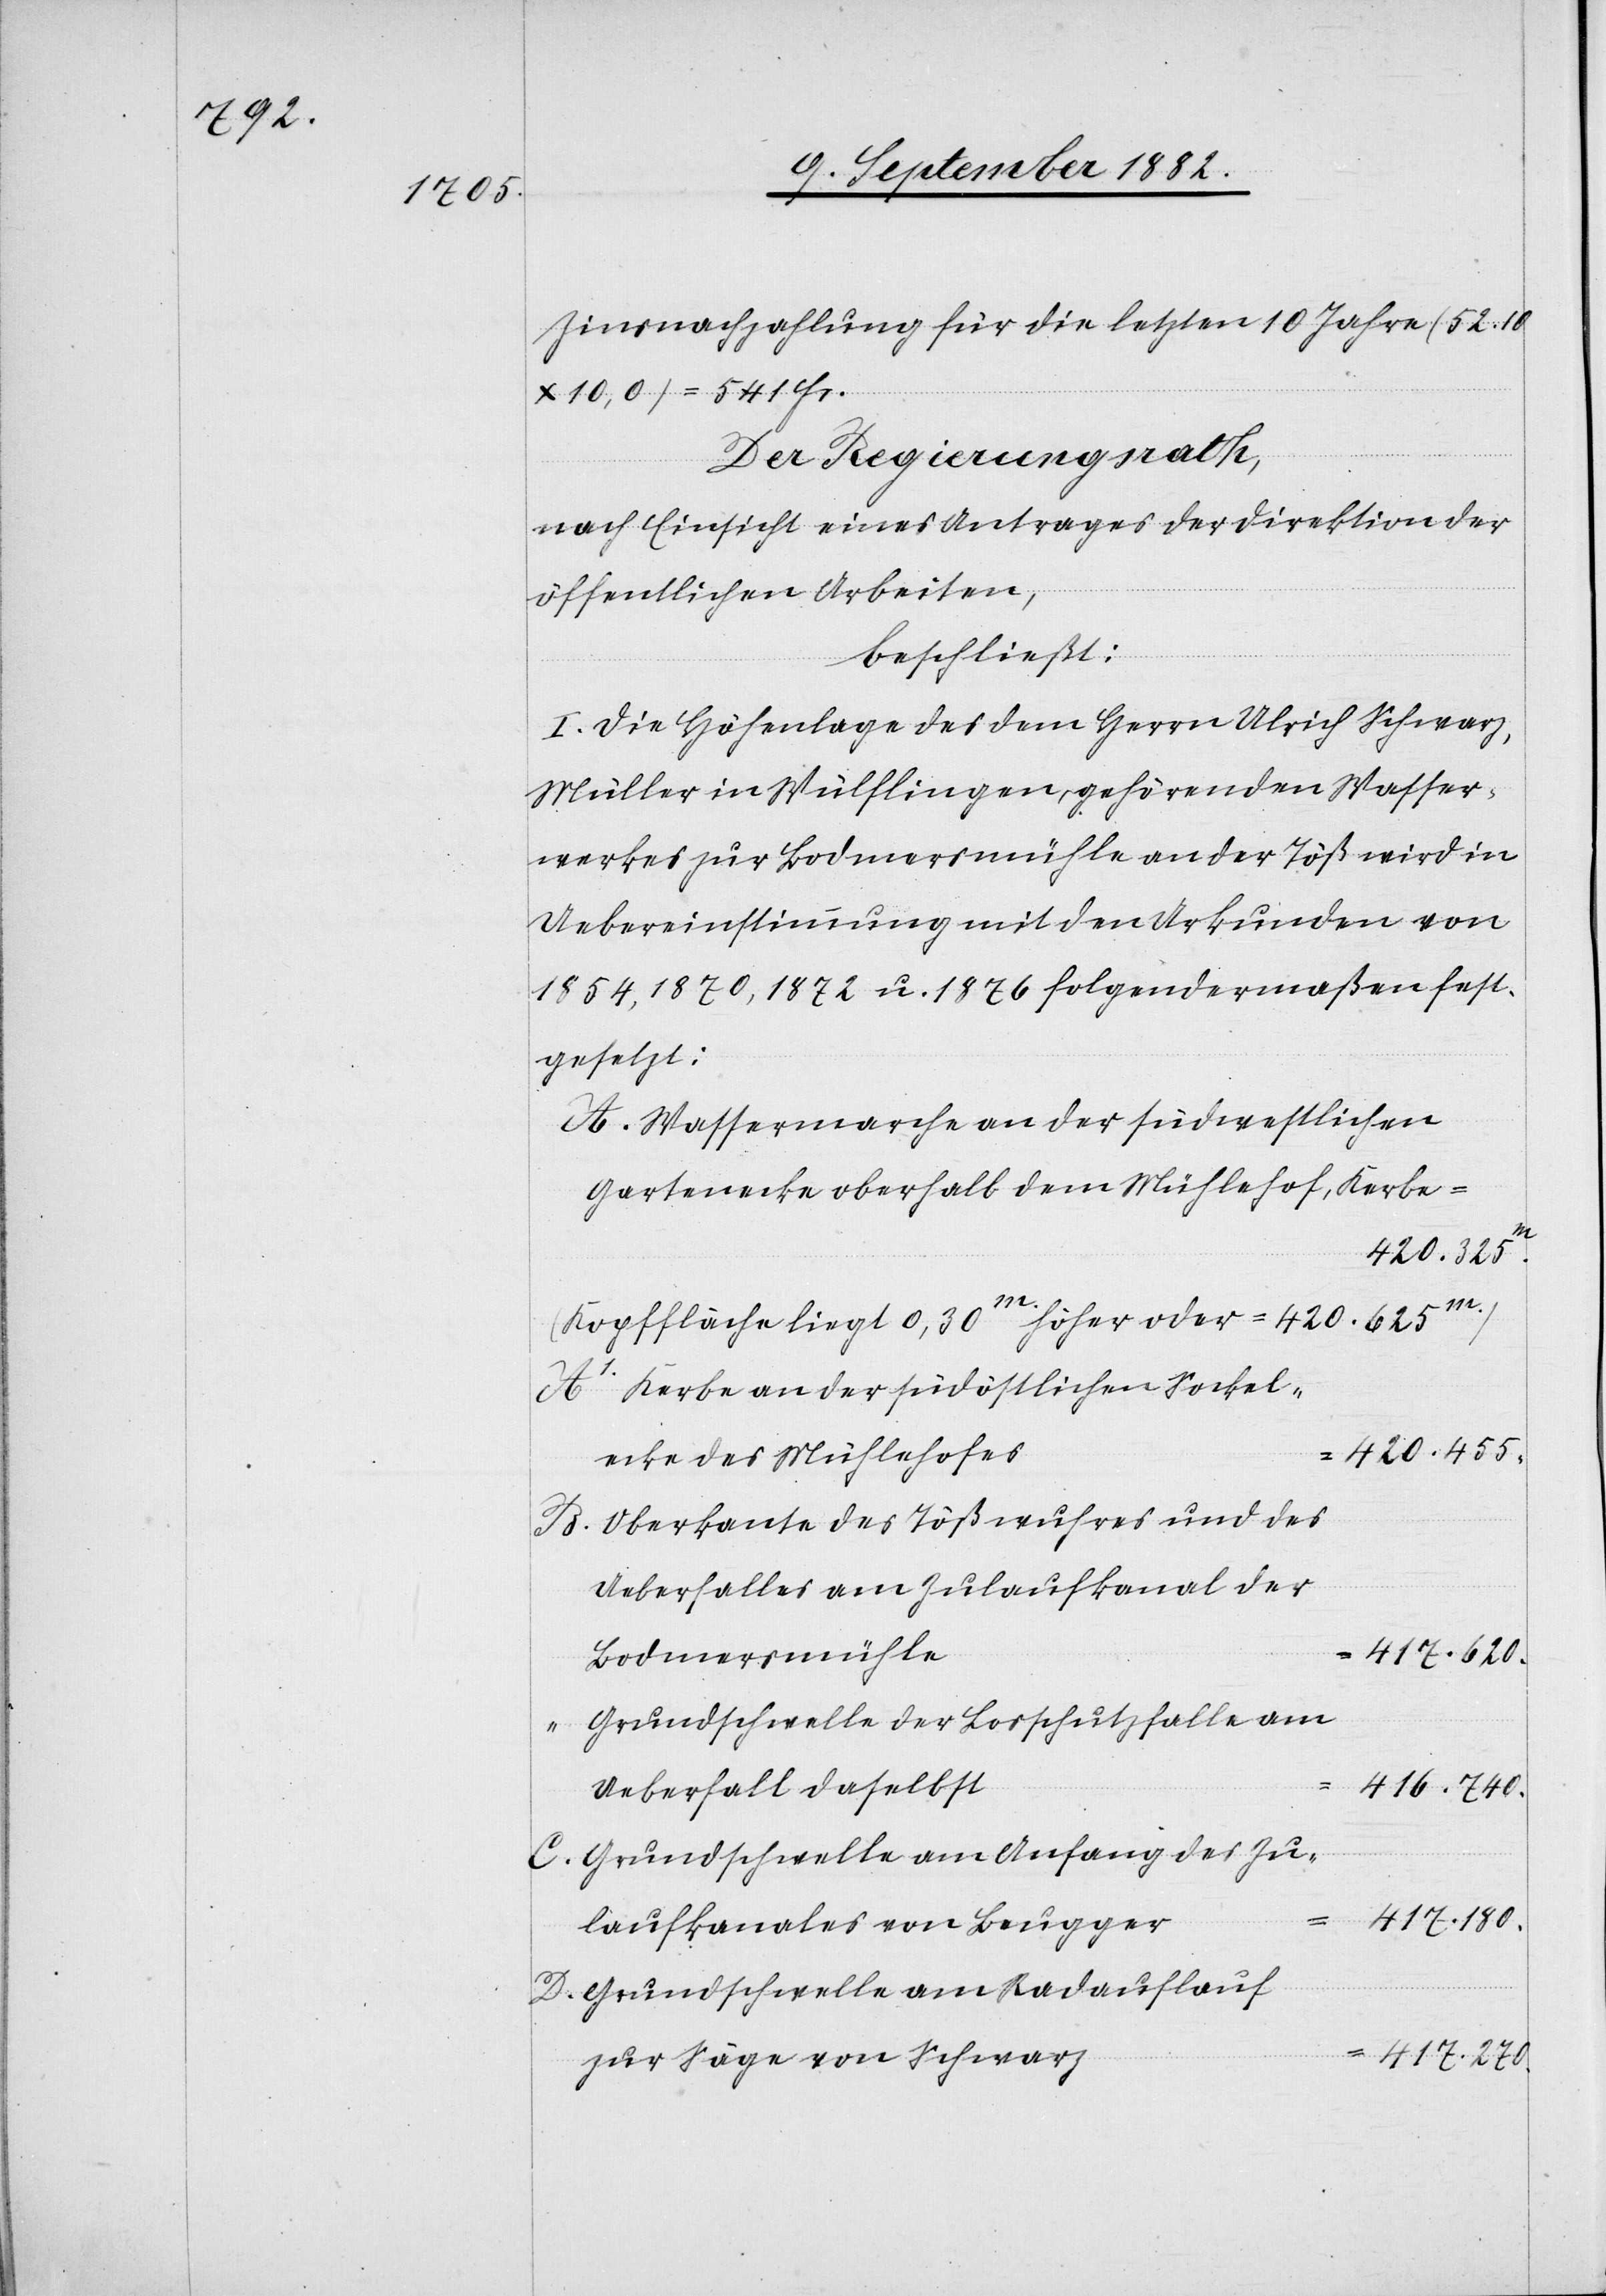
Zinsnachzahlung für die letzten 10 Jahre (52,10
x 10,0) = 541 Fr.
Der Regierungsrath,
nach Einsicht eines Antrages der Direktion der
öffentlichen Arbeiten,
beschließt:
I. Die Höhenlage des dem Herrn Ulrich Schwarz,
Müller in Wülflingen, gehörenden Wasser¬
werkes zur Bodmersmühle an der Töß wird in
Uebereinstimmung mit den Urkunden von
1854, 1870, 1872 u. 1876 folgendermaßen fest¬
gesetzt:
Wassermarche an der südwestlichen
Gartenecke oberhalb dem Mühlehof, Kerbe
420.455
A1.
(Kopffläche liegt 0,30m höher oder
Kerbe an der südöstlichen Sockel¬
ecke des Mühlehofes
Oberkante des Tößwuhres und des
Ueberfalles am Zulaufkanal der
Bodmersmühle
417.620
Grundschwelle der Losschutzfalle am
Ueberfall daselbst
Grundschwelle am Anfang des Zu¬
laufkanales von Beugger
Grundschwelle am Radauflauf
417.270
zur Säge von Schwarz